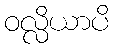
ဝလ္လိယာပိ